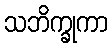
သဘိက္ခုကာ